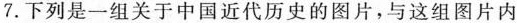
7.下列是一组关于中国近代历史的图片，与这组图片内